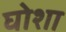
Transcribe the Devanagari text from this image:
घोशा